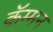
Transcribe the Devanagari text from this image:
कॅम्मन